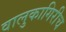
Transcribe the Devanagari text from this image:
वालुकागिरीच